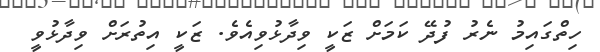
ހިތްގައިމު ނެރު ފުދޭ ކަމަށް ޒަކީ ވިދާޅުވިއެވެ. ޒަކީ އިތުރަށް ވިދާޅުވީ